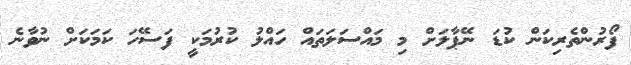
ފޯރުންތެރިކަން ކުޑަ ނޭޕާލަށް މި މައްސަލަތައް ހައްލު ކުރުމަކީ ފަސޭހަ ކަމަކަށް ނުވާނެ